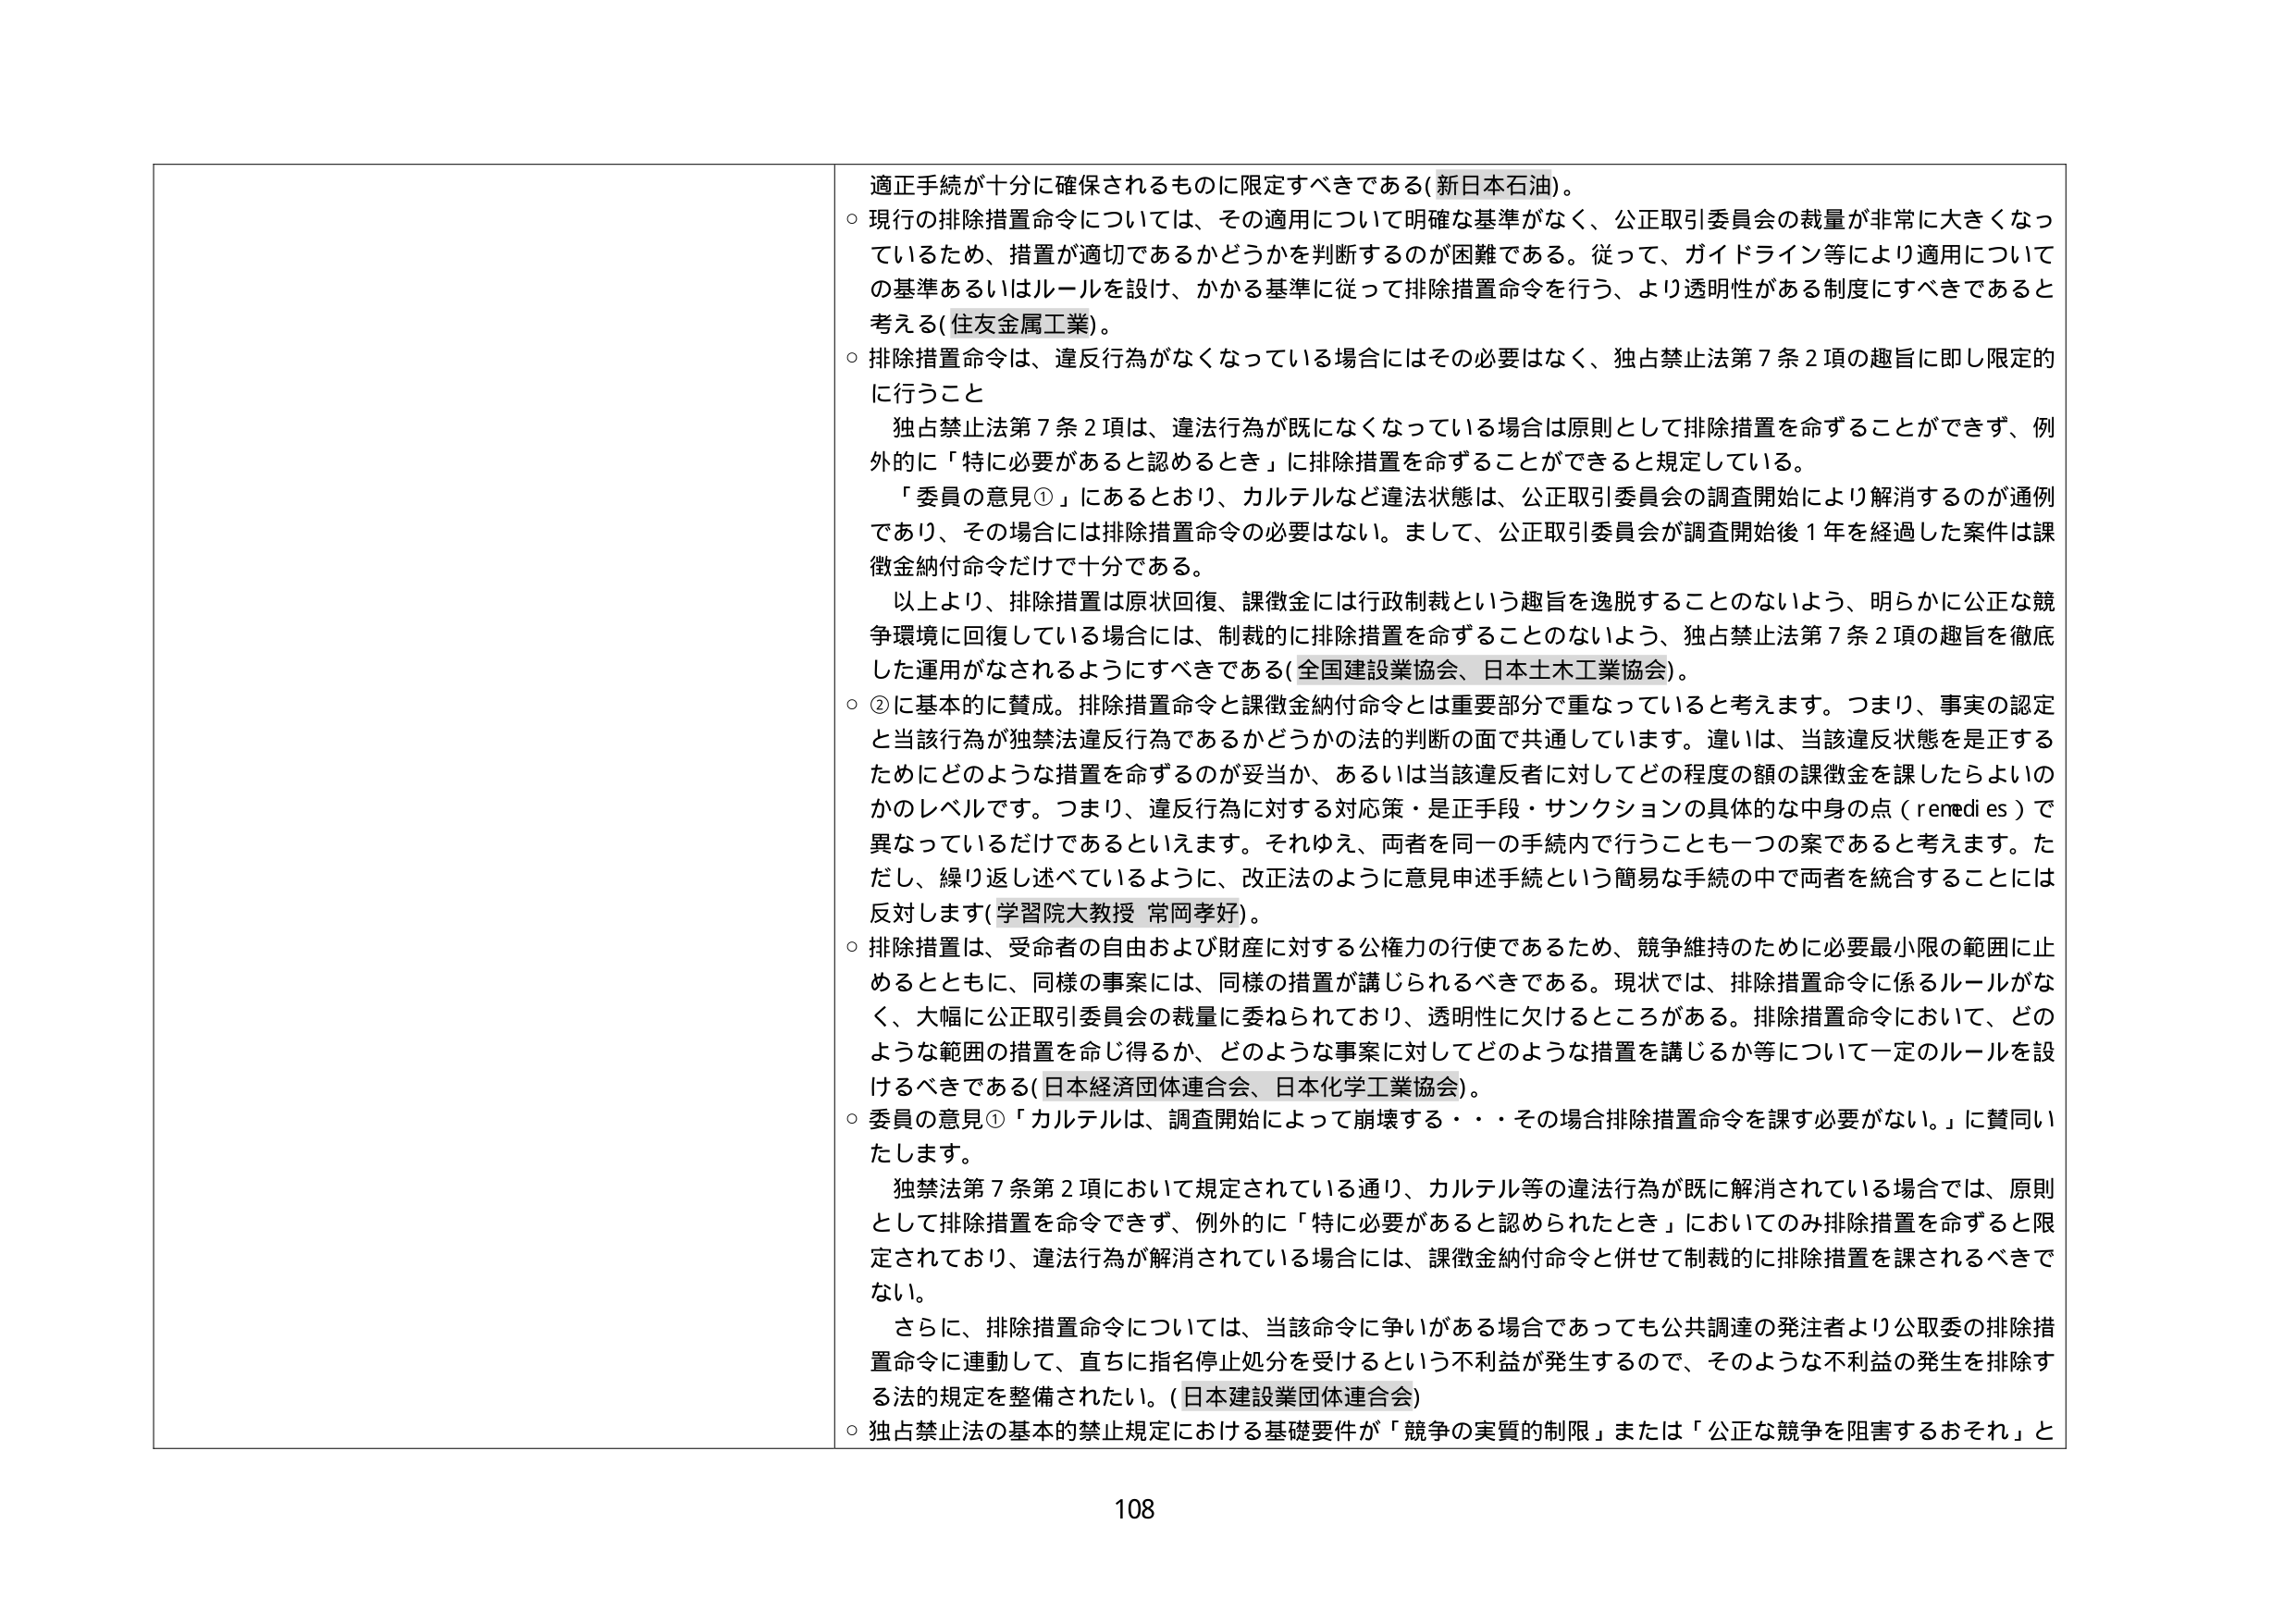
適正手続が十分に確保されるものに限定すべきである（新日本石油）。

○ 現行の排除措置命令については、その適用について明確な基準がなく、公正取引委員会の裁量が非常に大きくなっているため、措置が適切であるかどうかを判断するのが困難である。従って、ガイドライン等により適用についての基準あるいはルールを設け、かかる基準に従って排除措置命令を行う、より透明性がある制度にすべきであると考える（住友金属工業）。

○ 排除措置命令は、違反行為がなくなっている場合にはその必要はなく、独占禁止法第7条2項の趣旨に即し限定的に行うこと

　独占禁止法第7条2項は、違法行為が既になくなっている場合は原則として排除措置を命ずることができず、例外的に「特に必要があると認めるとき」に排除措置を命ずることができると規定している。

　「委員の意見①」にあるとおり、カルテルなど違法状態は、公正取引委員会の調査開始により解消するのが通例であり、その場合には排除措置命令の必要はない。まして、公正取引委員会が調査開始後1年を経過した案件は課徴金納付命令だけで十分である。

　以上より、排除措置は原状回復、課徴金には行政制裁という趣旨を逸脱することのないよう、明らかに公正な競争環境に回復している場合には、制裁的に排除措置を命ずることのないよう、独占禁止法第7条2項の趣旨を徹底した運用がなされるようにすべきである（全国建設業協会、日本土木工業協会）。

○ ②に基本的に賛成。排除措置命令と課徴金納付命令とは重要部分で重なっていると考えます。つまり、事実の認定と当該行為が独禁法違反行為であるかどうかの法的判断の面で共通しています。違いは、当該違反状態を是正するためにどのような措置を命ずるのが妥当か、あるいは当該違反者に対してどの程度の額の課徴金を課したらよいのかのレベルです。つまり、違反行為に対する対応策・是正手段・サンクションの具体的な中身の点（remedies）で異なっているだけであるといえます。それゆえ、両者を同一の手続内で行うことも一つの案であると考えます。ただし、繰り返し述べているように、改正法のように意見申述手続という簡単な手続の中で両者を統合することには反対します（学習院大教授 常岡孝好）。

○ 排除措置は、受命者の自由および財産に対する公権力の行使であるため、競争維持のために必要最小限の範囲に止めるとともに、同様の事案には、同様の措置が講じられるべきである。現状では、排除措置命令に係るルールがなく、大幅に公正取引委員会の裁量に委ねられており、透明性に欠けるところがある。排除措置命令において、どのような範囲の措置を命じ得るか、どのような事案に対してどのような措置を講じるか等について一定のルールを設けるべきである（日本経済団体連合会、日本化学工業協会）。

○ 委員の意見①「カルテルは、調査開始によって崩壊する・・・その場合排除措置命令を課す必要がない。」に賛同いたします。

　独禁法第7条第2項において規定されている通り、カルテル等の違法行為が既に解消されている場合では、原則として排除措置を命令できず、例外的に「特に必要があると認められたとき」においてのみ排除措置を命ずると限定されており、違法行為が解消されている場合には、課徴金納付命令と併せて制裁的に排除措置を課されるべきでない。

　さらに、排除措置命令については、当該命令に争いがある場合であっても公共調達の発注者より公取委の排除措置命令に連動して、直ちに指名停止処分を受けるという不利益が発生するので、そのような不利益の発生を排除する法的規定を整備されたい。（日本建設業団体連合会）

○ 独占禁止法の基本的禁止規定における基礎要件が「競争の実質的制限」または「公正な競争を阻害するおそれ」と

108